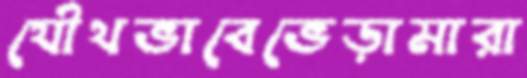
যৌথভাবেভেড়ামারা